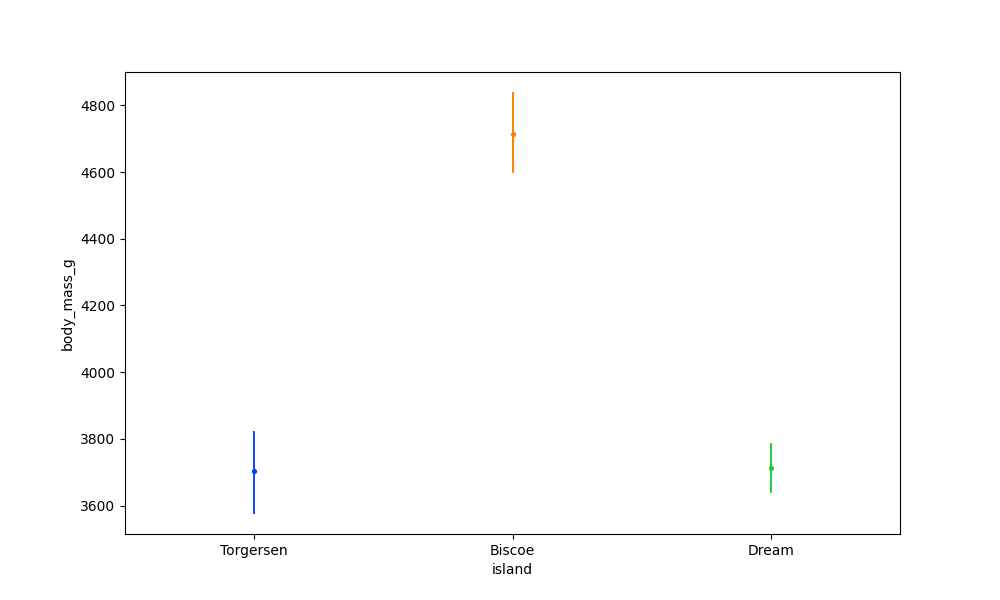
python, seaborn, pointplot, scale=0.5, join=True, hue='None', palette='bright'